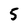
Character: 5